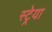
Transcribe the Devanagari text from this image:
स्ट्रेया